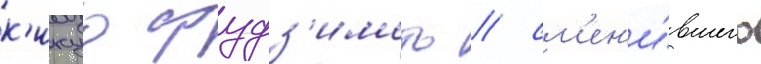
к'икуо фудз'имото / см'ен'и́вшего